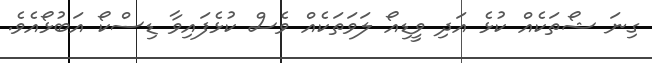
ގިނަ ޝޯތަކެއް ކުޅެ އަދި ވީޑިއޯ ލަވަތަކެއް ވެސް ކުޅެފައިވާ ޑިސްކޯ އަބުޅޯއެވެ.